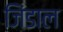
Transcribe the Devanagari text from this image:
जिंडाल